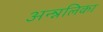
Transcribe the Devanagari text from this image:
अन्न्नलिका